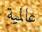
عالمية